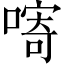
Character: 𱔓